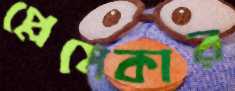
প্লেমেকার